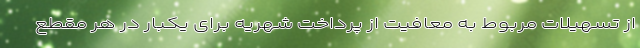
از تسهیلات مربوط به معافیت از پرداخت شهریه برای یکبار در هر مقطع